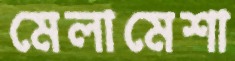
মেলামেশা